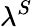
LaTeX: \lambda^{S}